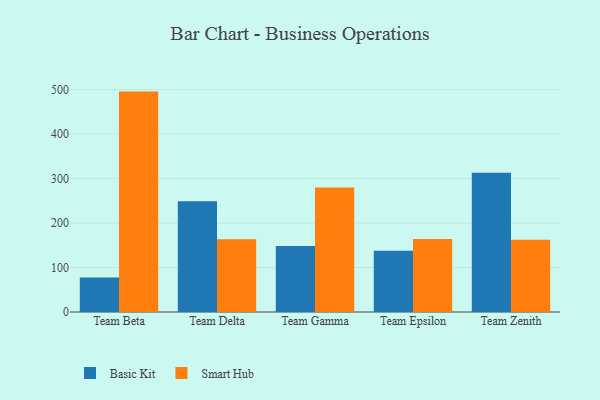
{"axis": {"x": "Team", "y": "Inventory Turnover"}, "legend": ["Basic Kit", "Smart Hub"], "data": [{"x": "Team Beta", "y": 77.8, "type": "Basic Kit"}, {"x": "Team Beta", "y": 495.6, "type": "Smart Hub"}, {"x": "Team Delta", "y": 249.0, "type": "Basic Kit"}, {"x": "Team Delta", "y": 163.4, "type": "Smart Hub"}, {"x": "Team Gamma", "y": 148.6, "type": "Basic Kit"}, {"x": "Team Gamma", "y": 279.7, "type": "Smart Hub"}, {"x": "Team Epsilon", "y": 137.7, "type": "Basic Kit"}, {"x": "Team Epsilon", "y": 164.2, "type": "Smart Hub"}, {"x": "Team Zenith", "y": 313.3, "type": "Basic Kit"}, {"x": "Team Zenith", "y": 162.5, "type": "Smart Hub"}]}